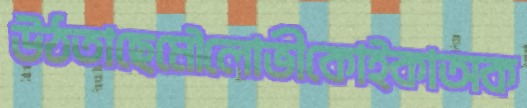
উঠতাছেমৌলোভীকোইকাঅক